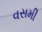
વસમી